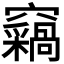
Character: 𫞺